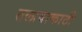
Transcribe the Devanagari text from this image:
तलावाकाठी